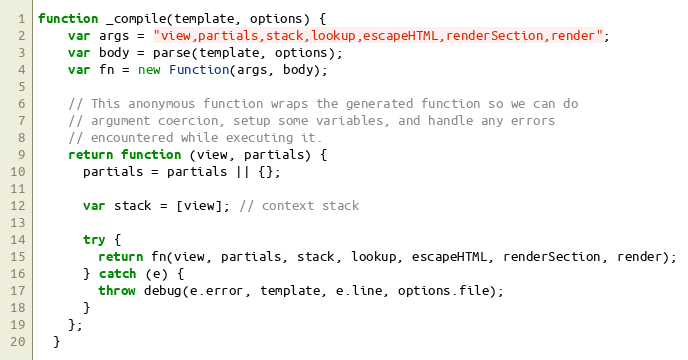
Language: JavaScript
function _compile(template, options) {
    var args = "view,partials,stack,lookup,escapeHTML,renderSection,render";
    var body = parse(template, options);
    var fn = new Function(args, body);

    // This anonymous function wraps the generated function so we can do
    // argument coercion, setup some variables, and handle any errors
    // encountered while executing it.
    return function (view, partials) {
      partials = partials || {};

      var stack = [view]; // context stack

      try {
        return fn(view, partials, stack, lookup, escapeHTML, renderSection, render);
      } catch (e) {
        throw debug(e.error, template, e.line, options.file);
      }
    };
  }